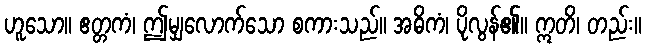
ဟူသော။ ဧတ္တကံ၊ ဤမျှလောက်သော စကားသည်။ အဓိကံ၊ ပိုလွန်၏။ ဣတိ၊ တည်း။